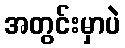
အတွင်းမှာပဲ